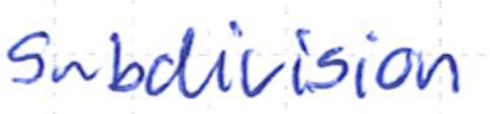
Text: Subdivision
Cross-out: clean
Writing tool: ballpoint